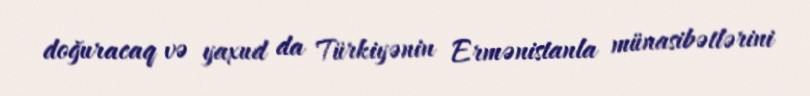
doğuracaq və yaxud da Türkiyənin Ermənistanla münasibətlərini